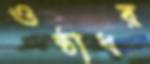
ওষ্ঠাধর